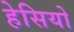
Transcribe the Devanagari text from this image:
हेसियो